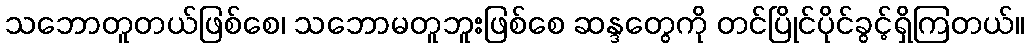
သဘောတူတယ်ဖြစ်စေ၊ သဘောမတူဘူးဖြစ်စေ ဆန္ဒတွေကို တင်ပြိုင်ပိုင်ခွင့်ရှိကြတယ်။